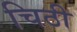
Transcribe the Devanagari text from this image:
चिठी